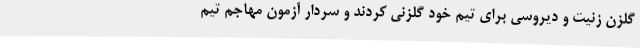
گلزن زنیت و دیروسی برای تیم خود گلزنی کردند و سردار آزمون مهاجم تیم